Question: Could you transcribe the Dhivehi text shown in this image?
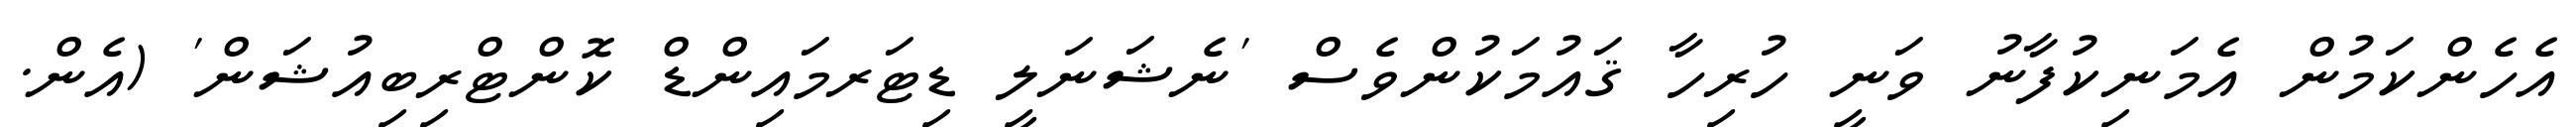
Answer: އެހެންކަމުން އެމަނިކުފާނު ވަނީ ހުރިހާ ޤައުމަކުންވެސް 'ނެޝަނަލީ ޑިޓަރމައިންޑް ކޮންޓްރިބިއުޝަން' (އެން.